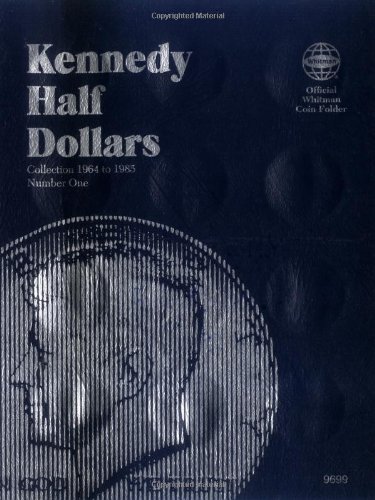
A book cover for Kennedy Half Dollars Folder 1964-1985 (Official Whitman Coin Folder); Whitman; Crafts, Hobbies & Home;